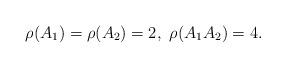
LaTeX: \begin{align*}\rho(A_1)= \rho(A_2) =2,\ \rho(A_1A_2)=4.\end{align*}